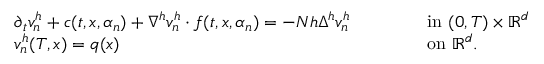
\begin{array} { r l r l } & { \partial _ { t } v _ { n } ^ { h } + c ( t , x , \alpha _ { n } ) + \nabla ^ { h } v _ { n } ^ { h } \cdot f ( t , x , \alpha _ { n } ) = - N h \Delta ^ { h } v _ { n } ^ { h } \qquad } & & { \mathrm { ~ i n ~ } ( 0 , T ) \times { \mathbb { R } } ^ { d } } \\ & { v _ { n } ^ { h } ( T , x ) = q ( x ) \qquad } & & { \mathrm { ~ o n ~ } { \mathbb { R } } ^ { d } . } \end{array}